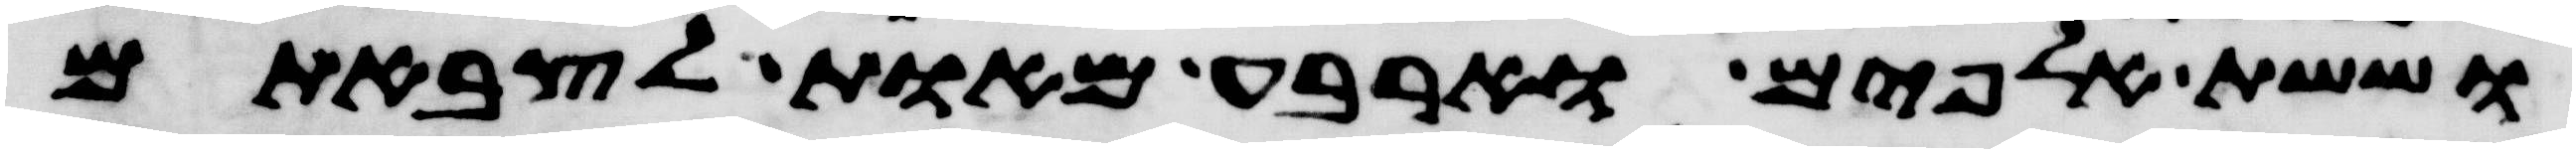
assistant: וששת אלפים וארבע מאות לצבאתם